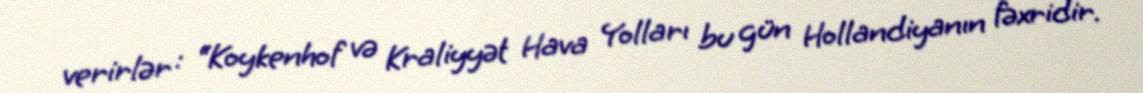
verirlər : “Koykenhof və Kraliyyət Hava Yolları bu gün Hollandiyanın fəxridir.